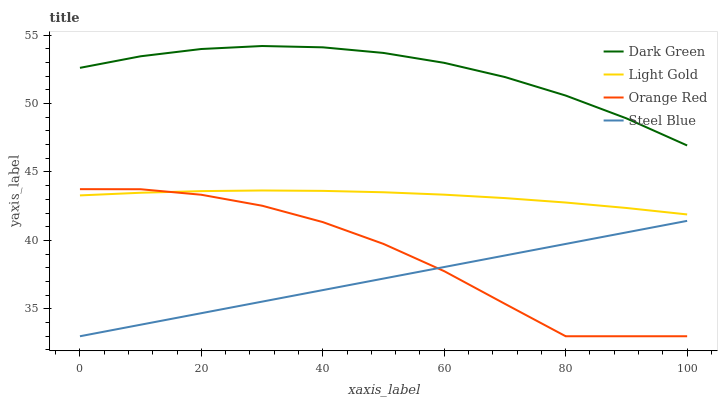
| xaxis_label | Dark Green | Light Gold | Orange Red | Steel Blue |
 | --- | --- | --- | --- | --- |
 | 0 | 52.6 | 43.3 | 43.7 | 33 |
 | 10 | 53.5 | 43.5 | 43.7 | 33.8 |
 | 20 | 54 | 43.6 | 43.3 | 34.7 |
 | 30 | 54.2 | 43.6 | 42.5 | 35.5 |
 | 40 | 54.1 | 43.6 | 41.3 | 36.4 |
 | 50 | 53.7 | 43.5 | 39.7 | 37.2 |
 | 60 | 53 | 43.3 | 37.8 | 38.1 |
 | 70 | 51.9 | 43.1 | 35.4 | 38.9 |
 | 80 | 50.6 | 42.8 | 33 | 39.7 |
 | 90 | 48.9 | 42.4 | 33 | 40.6 |
 | 100 | 46.9 | 41.9 | 33 | 41.4 |